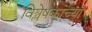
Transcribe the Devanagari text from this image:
विश्लेषकांच्या